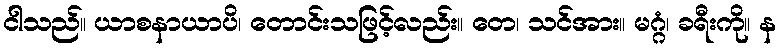
ငါသည်။ ယာစနာယာပိ၊ တောင်းသဖြင့်လည်း။ တေ၊ သင်အား။ မဂ္ဂံ၊ ခရီးကို။ န